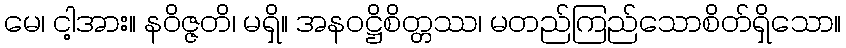
မေ၊ ငါ့အား။ နဝိဇ္ဇတိ၊ မရှိ။ အနဝဋ္ဌိစိတ္တဿ၊ မတည်ကြည်သောစိတ်ရှိသော။